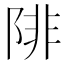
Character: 陫